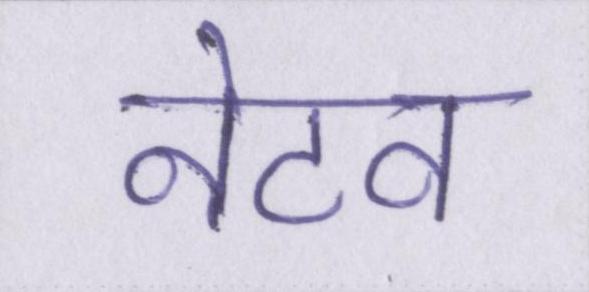
नेटव